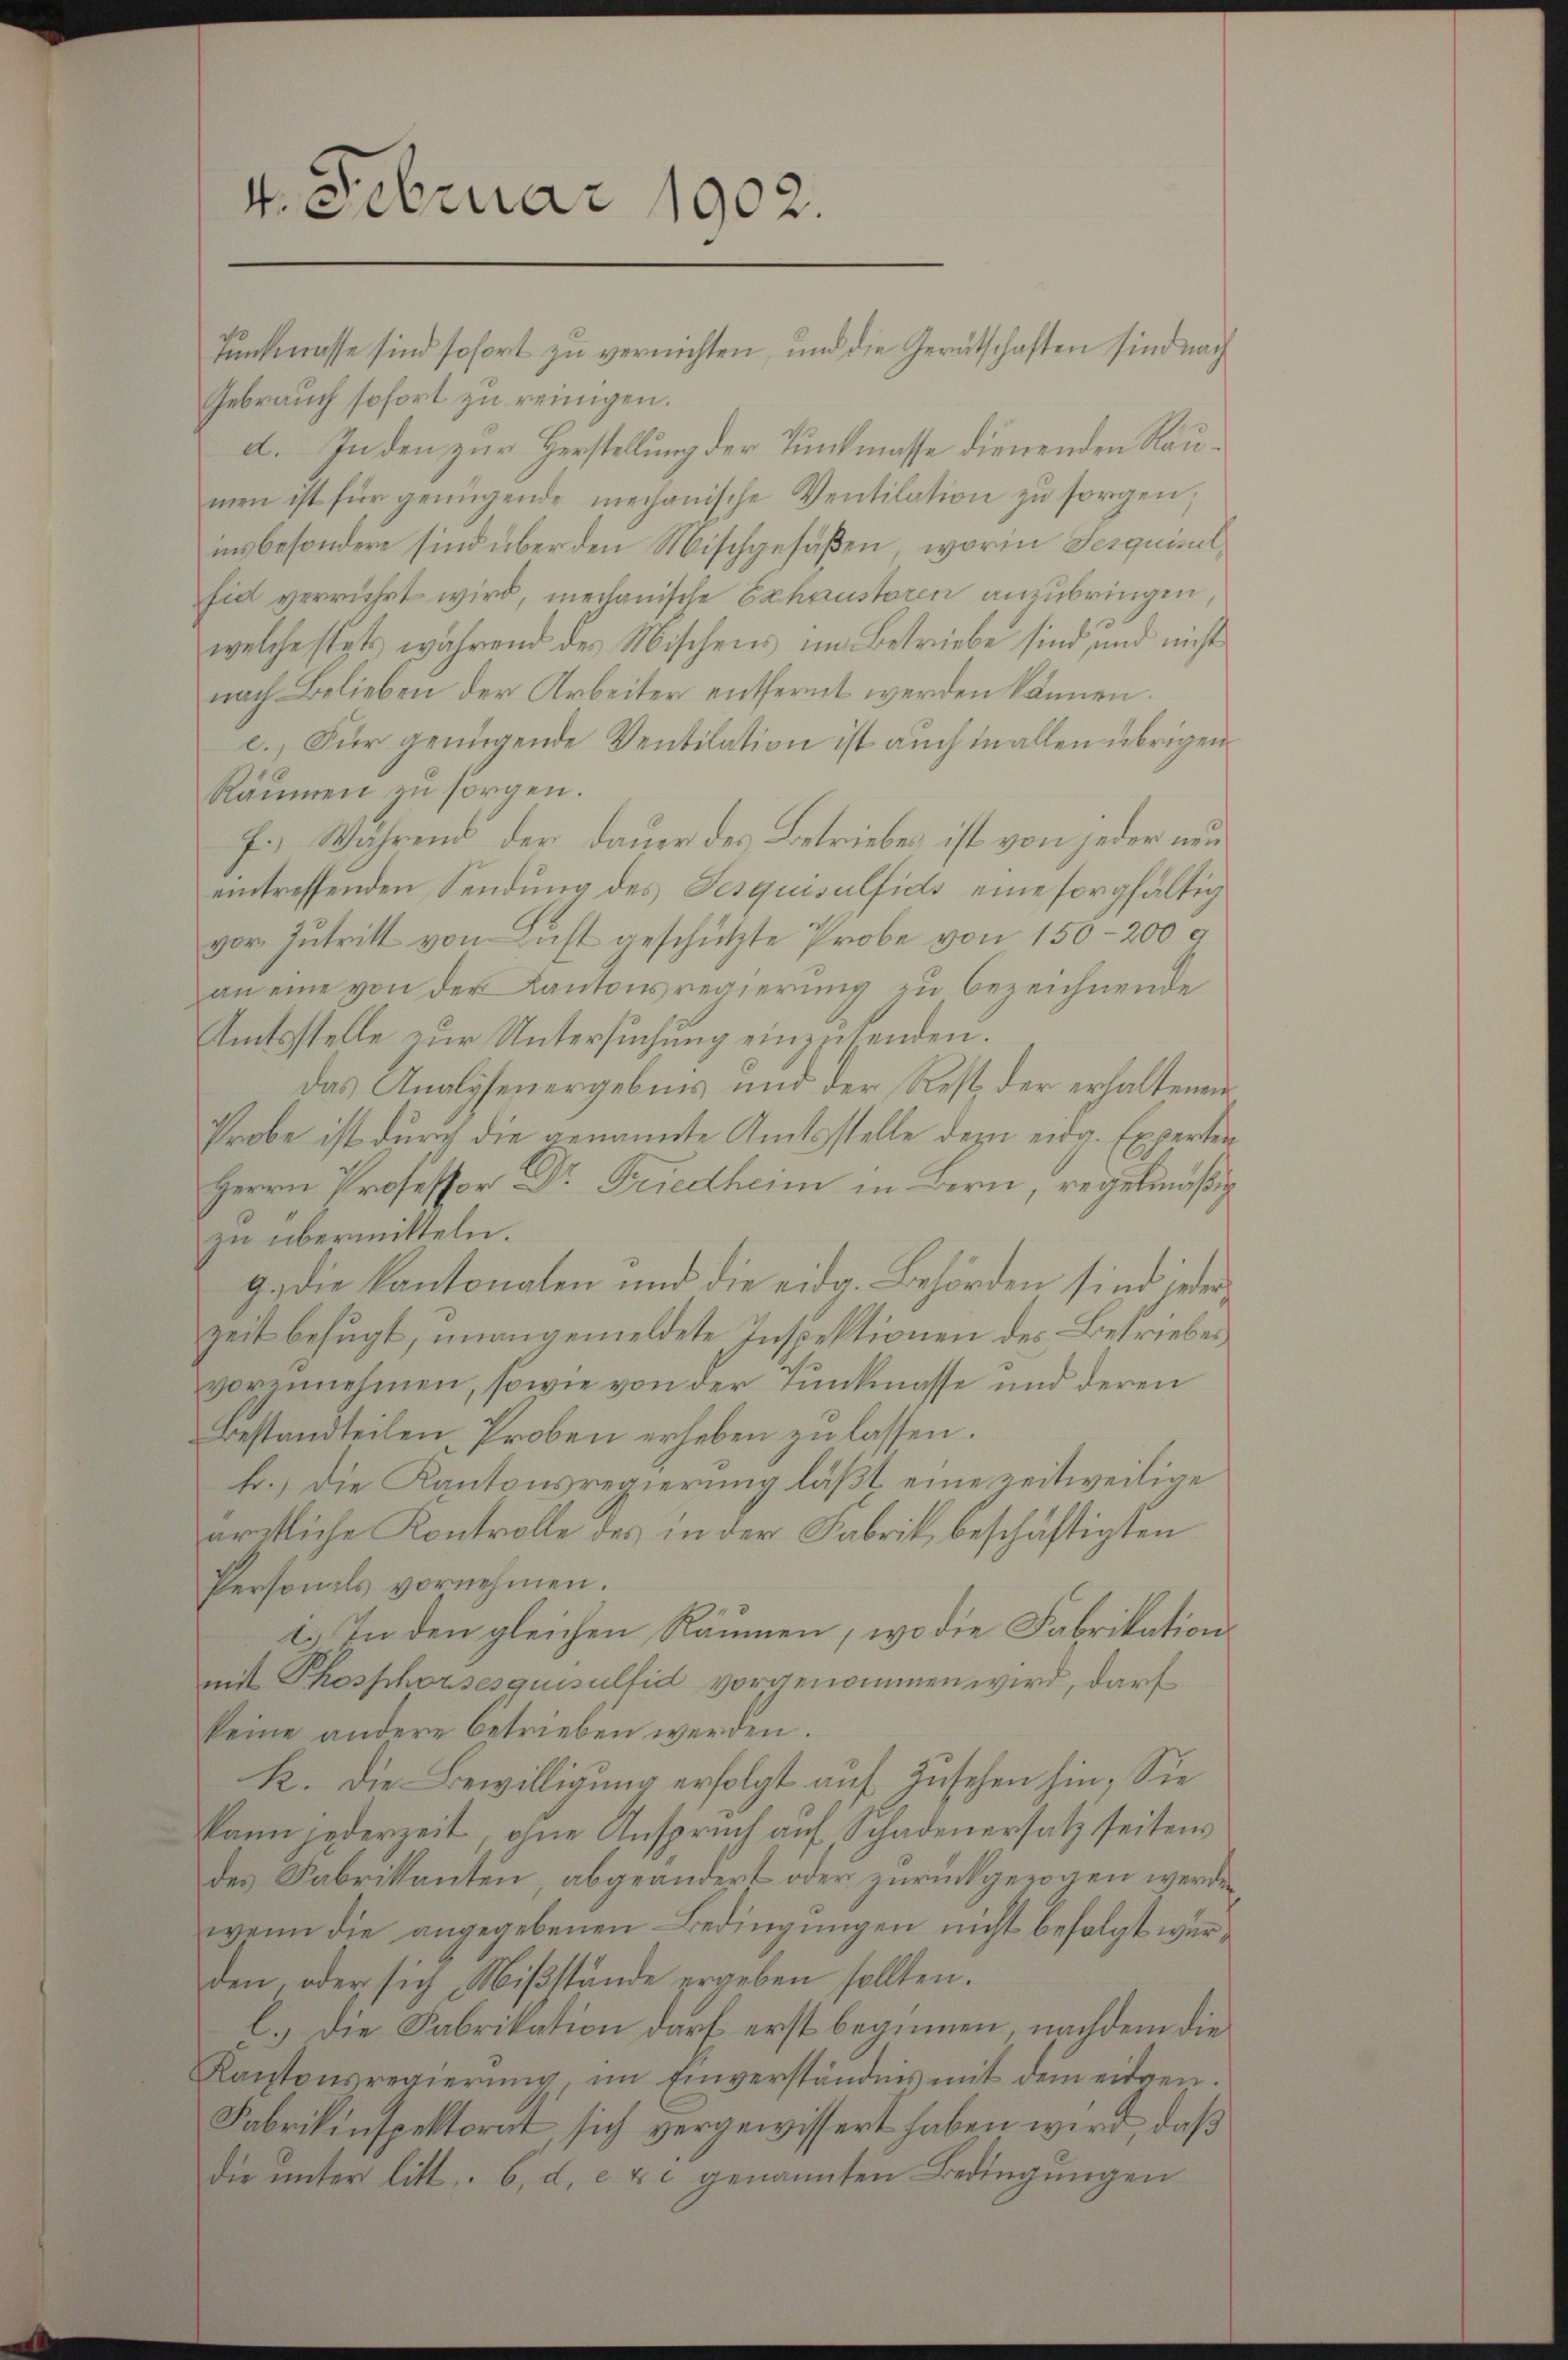
4. Februar 1902.
Tunkmasse sind sofort zu vernichten, und die Gerätschaften sind nach

Gebrauch sofort zu reinigen.
d. In den zur Herstellung der Tunkmasse dienenden Räumen ist für genügende mechanische Ventilation zŭ sorgen;
insbesondere sind über den Mischgefaßen, worin Serquisit,
fid verrührt wird, mechanische Exhaustoren anzubringen,
welche stets während des Mischens im Betriebe sind und nicht
nach Belieben der Arbeiter entfernt werden können.
c.) Für genügende Ventilation ist auch in allen übrigen
Räumen zu sorgen.
F.) Während der Dauer des Betriebes ist von jeder neueintreffenden Sendung des Fesquisulfids eine sorgfältig
vor. Intritt von Luft geschützte Probe von 150-200 g
an eine von der Kantonsregierung zu bezeichnende
Amtsstelle zur Untersuchung einzusenden.
Das Analysenergebnis und der Rest der erhaltenen
Probe ist durch die genannte Amtsstelle dem eidg. Experten
Herrn Professor Dr. Friedtheim in Bern, regelmäßig
zu übermitteln.
9. die kantonalen und die eidg. Behörden sind jeder
zeit befugt, unangemeldete Inspektionen des Betriebes
vorennehmen, sowie von der Tunkmasse und deren
Bestandteilen Proben erheben zu lassen.
f.) die Kantonsregierung läßt eine zeitweilige
ärztliche Kontrolle des in der Fabrik, beschäftigten
Personals vornehmen.
t.) In den gleichen Räumen, wo die Fabrikation
mit Phosphorsesquisulfid vorgenommen wird, darf
keine andere betrieben werden.
R. Die Bewilligung erfolgt auf Zusehen hin, Sie
kann jederzeit, ohne Anspruch auf, Schadenersatz seitens
des Fabrikanten, abgeändert oder zurückgezogen werden
wenn die angegebenen Bedingungen nicht befolgt werden, oder sich Mißstände ergeben sollten.
E.) Die Fabrikation darf erst beginnen, nachdem die
Kantonsregierŭng, im Einverständnis mit dem eidgen.
Fabrikinspektorat, sich vergewissert haben wird, daß
die unter litt. 6, d. c & c genannten Bedingungen